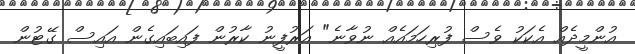
އުންމީދެއް އެކަކު ވެސް ފުރިހަމައެއް ނުވާނެ" އަރުފީނު ކާރުން ފައިބައިގެން އައިސް ގޭޓުން